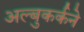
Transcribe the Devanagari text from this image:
अल्बुकर्कने